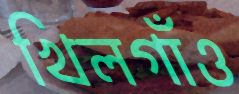
খিলগাঁও